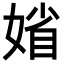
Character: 𡞞